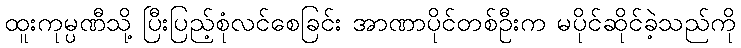
ထူးကုမ္ပဏီသို့ ပြီးပြည့်စုံလင်စေခြင်း အာဏာပိုင်တစ်ဦးက မပိုင်ဆိုင်ခဲ့သည်ကို